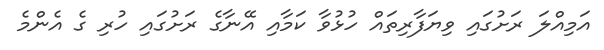
އަމިއްލަ ރަށުގައި ވިޔަފާރިތައް ހުޅުވާ ކަމާއި އޭނާގެ ރަށުގައި ހުރި ގެ އެންމެ